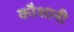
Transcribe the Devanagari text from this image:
कौशानी